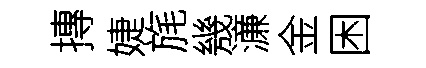
摶婕旄㡬濓金困